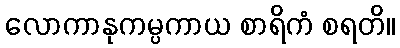
လောကာနုကမ္ပကာယ စာရိကံ စရတိ။